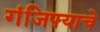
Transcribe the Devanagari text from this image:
गंजिफ्याचे